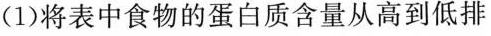
(1)将表中食物的蛋白质含量从高到低排